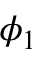
\phi _ { 1 }